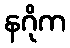
နဂိုက